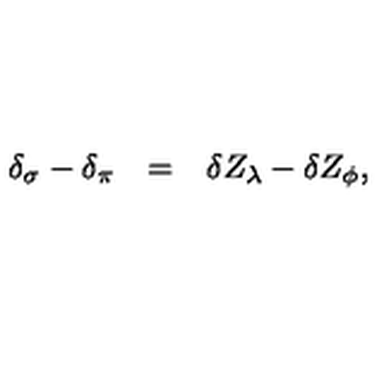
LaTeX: \begin{array} { r c l } { \delta _ { \sigma } - \delta _ { \pi } } & { = } & { \delta Z _ { \lambda } - \delta Z _ { \phi } , } \\ \end{array}